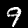
Label: 9